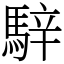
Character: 騂